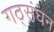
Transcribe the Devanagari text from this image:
गठ्संघन